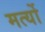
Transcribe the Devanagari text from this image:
मर्त्यो